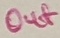
Text: Out